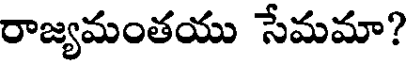
రాజ్యమంతయు సేమమా?